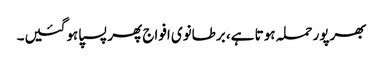
بھرپور حملہ ہوتا ہے، برطانوی افواج پھر پسپا ہوگئیں۔